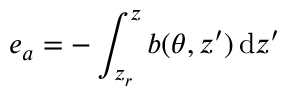
e _ { a } = - \int _ { z _ { r } } ^ { z } b ( \theta , z ^ { \prime } ) \, \mathrm { d } z ^ { \prime }